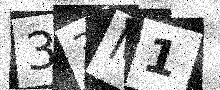
Text: 33M1